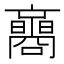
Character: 𡄚